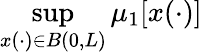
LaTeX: \operatorname*{sup}_{x(\cdot)\in B(0,L)}\mu_{1}\lbrack x(\cdot)\rbrack